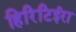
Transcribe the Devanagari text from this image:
हिरिटिईरा